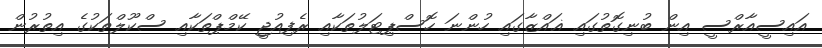
އައިސީއާރްސީ އިން ބުނިގޮތުގައި ޣައްޒާގައި ހުންނަ ހޮސްޕިޓަލުތަކާއި ރެފިއުޖީ ކޭމްޕްތަކާއި ސްކޫލްތަކުގެ އިތުރުން